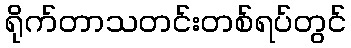
ရိုက်တာသတင်းတစ်ရပ်တွင်